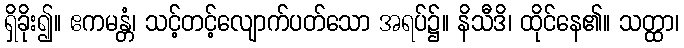
ရှိခိုး၍။ ဧကမန္တံ၊ သင့်တင့်လျောက်ပတ်သော အရပ်၌။ နိသီဒိ၊ ထိုင်နေ၏။ သတ္ထာ၊